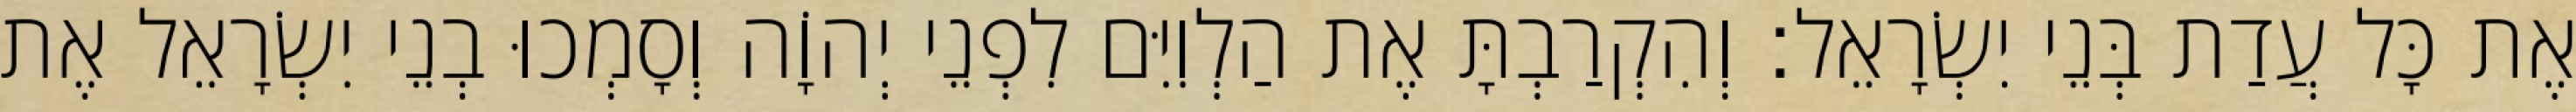
אֶת כָּל עֲדַת בְּנֵי יִשְׂרָאֵל׃ וְהִקְרַבְתָּ אֶת הַלְוִיִּם לִפְנֵי יְהוָֹה וְסָמְכוּ בְנֵי יִשְׂרָאֵל אֶת